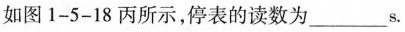
如图1-5-18丙所示，停表的读数为___s。